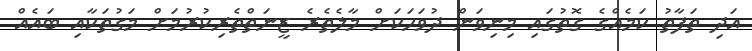
އަދި ތަފާތު ކަމެއްގެ ގޮތުގައި މިނިވަން ދުވަހަކަށް މާލެތެރެ ޒީނަތްތެރިކުރުމަށް މަގުތަކާއި ބައެއް